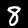
Digit: 8